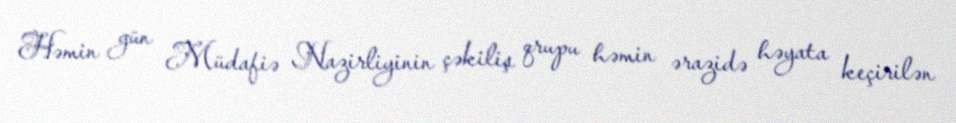
Həmin gün Müdafiə Nazirliyinin çəkiliş qrupu həmin ərazidə həyata keçirilən